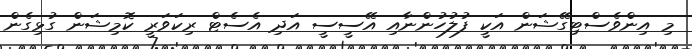
މި އިންވެސްޓިގޭޝަން އަކީ ފުލުހުންނާއި އޭސީސީ އަދި އެސެޓް ރިކަވަރީ ކޮމިޝަން ގުޅިގެން